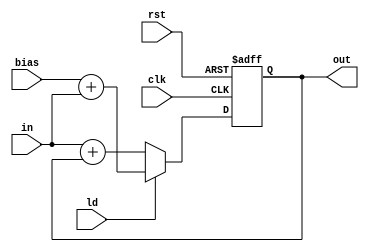
module accumlator_L5(in,bias,ld,clk,rst, out);
input	wire signed [17:0] in,bias;
input	wire	ld;
input	wire	 clk,rst;
output reg signed [17:0] out;

 always @(posedge clk or negedge rst)
  begin
   if (!rst)
	out<=0; 
   else if(ld)
    //out_reg<=bias+in;
	 out<=bias+in;
   else
   // out_reg<=in+out_reg;	
	out<=in+out;	
  end
//  	assign out = out_reg;	
endmodule